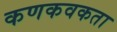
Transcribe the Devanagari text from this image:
कणकवकता